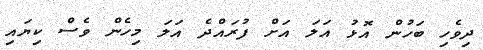
ދިވެހި ބަހުން އޮޅު އަލަ އަށް ފުރައްދެ އަލަ މިހެން ވެސް ކިޔައި